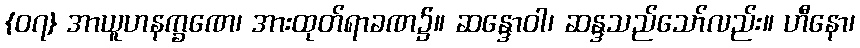
{၀၇} အာယူဟနက္ခဏေ၊ အားထုတ်ရာခဏ၌။ ဆန္ဒောဝါ၊ ဆန္ဒသည်သော်လည်း။ ဟီနော၊